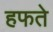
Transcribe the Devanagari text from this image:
हफते